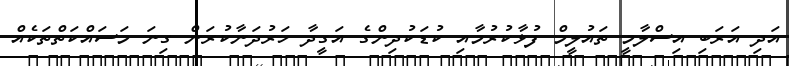
އަދި އަރަބި އިސްލާމީ ތައުލީމް ފުޅާކުރުމާއި ކުޑަކުދިންގެ އަގީދާ ހަރުދަނާކުރަން ގިނަ މަސައްކަތްތަކެއް